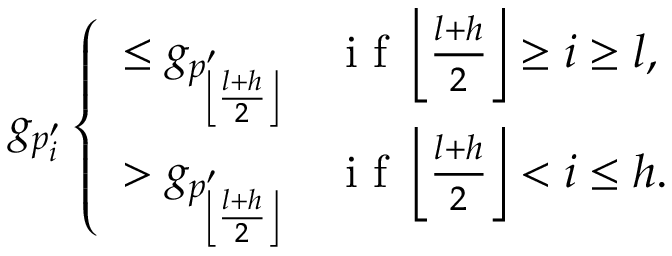
g _ { p _ { i } ^ { \prime } } \left\{ \begin{array} { l l } { \leq g _ { p _ { \left\lfloor \frac { l + h } { 2 } \right\rfloor } ^ { \prime } } \quad \mathrm { ~ i ~ f ~ } \left\lfloor \frac { l + h } { 2 } \right\rfloor \ge i \ge l , } \\ { > g _ { p _ { \left\lfloor \frac { l + h } { 2 } \right\rfloor } ^ { \prime } } \quad \mathrm { ~ i ~ f ~ } \left\lfloor \frac { l + h } { 2 } \right\rfloor < i \leq h . } \end{array} \right.